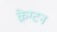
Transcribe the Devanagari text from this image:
क्रेग्टन